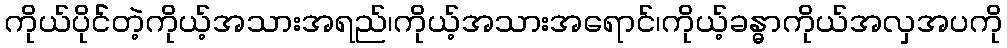
ကိုယ်ပိုင််တဲ့ကိုယ့်အသားအရည်၊ကိုယ့်အသားအရောင်၊ကိုယ့်ခန္ဓာကိုယ်အလှအပကို